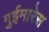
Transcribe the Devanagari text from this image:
गुईमारेस